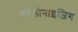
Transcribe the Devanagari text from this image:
कोलोनाइज़िग